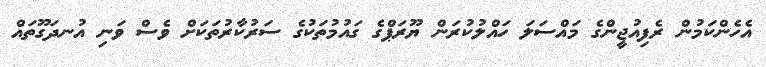
އެހެންކަމުން ރެފިއުޖީންގެ މައްސަލަ ހައްލުކުރަން ޔޫރަޕްގެ ގައުމުތަކުގެ ސަރުކާރުތަކަށް ވެސް ވަނި އުނދަގޫތައް